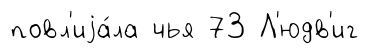
повл'иjа́ла чья 73 Л'юдв'иг